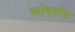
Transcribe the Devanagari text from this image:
कोबलेंज